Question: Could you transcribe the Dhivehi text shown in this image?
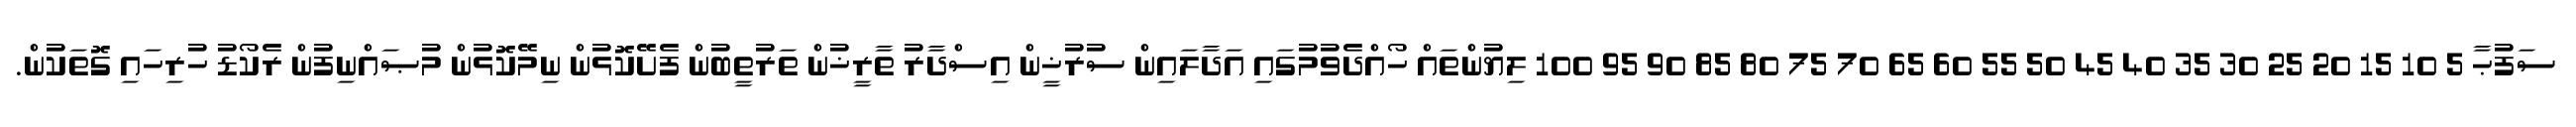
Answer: ސަފުޙާ 5 10 15 20 25 30 35 40 45 50 55 60 65 70 75 80 85 90 95 100 ލިޔުންތައް ހޯއްދެވުމުގައި އަދާލައިން ސުރުޚީން އިސްދާރު ތާރީޚުން ތަރުތީބުން ފެށޭކޮޅުން ނިމޭކޮޅުން މުޞައްނިފުން ރެކޯޑު ހުރިހައި ގޮތަކުން.